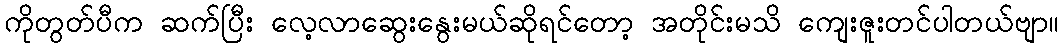
ကိုတွတ်ပီက ဆက်ပြီး လေ့လာဆွေးနွေးမယ်ဆိုရင်တော့ အတိုင်းမသိ ကျေးဇူးတင်ပါတယ်ဗျာ။